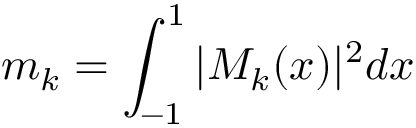
m _ { k } = \int _ { - 1 } ^ { 1 } | M _ { k } ( x ) | ^ { 2 } d x